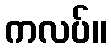
ကလပ်။